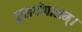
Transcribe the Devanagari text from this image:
कुलगोपालम्‌।